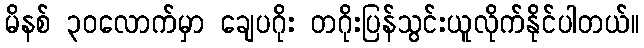
မိနစ် ၃၀လောက်မှာ ချေပဂိုး တဂိုးပြန်သွင်းယူလိုက်နိုင်ပါတယ်။